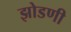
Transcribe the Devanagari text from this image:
झोडणी